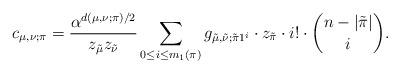
LaTeX: \begin{align*} c_{\mu,\nu;\pi} = \frac{\alpha^{d(\mu,\nu;\pi)/2}}{z_{\tilde{\mu}} z_{\tilde{\nu}}} \sum_{0 \leq i \leq m_1(\pi)} g_{\tilde{\mu},\tilde{\nu};\tilde{\pi} 1^i} \cdot z_{\tilde{\pi}} \cdot i! \cdot \binom{n-|\tilde{\pi}|}{i}.\end{align*}